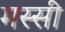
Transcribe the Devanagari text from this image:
मस्सी